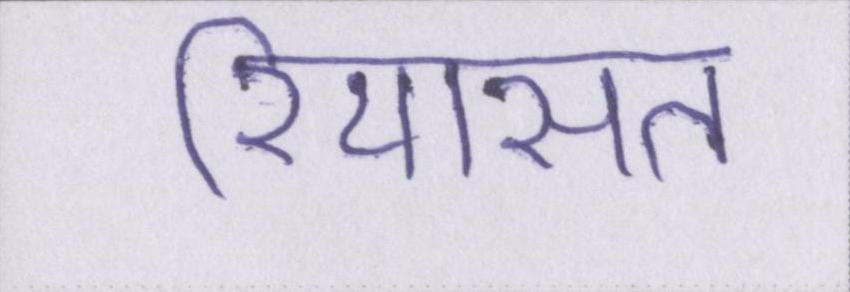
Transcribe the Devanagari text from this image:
रियासत